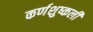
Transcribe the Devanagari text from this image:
कर्णशुष्कली